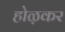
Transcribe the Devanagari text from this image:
होऴकर